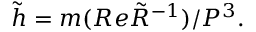
\tilde { h } = m ( R e { \tilde { R } } ^ { - 1 } ) / P ^ { 3 } .